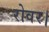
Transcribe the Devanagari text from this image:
रोवर।